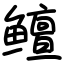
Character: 鳣